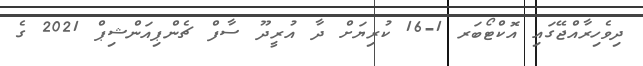
ދިވެހިރާއްޖޭގައި އޮކްޓޯބަރ 1-16 ކުރިޔަށް ދާ އުރީދޫ ސާފް ޗެންޕިއަންޝިޕް 2021 ގެ